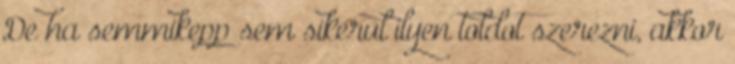
De ha semmikepp sem sikerul ilyen toldot szerezni, akkor